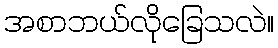
အစာဘယ်လိုခြေသလဲ။